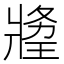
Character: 𤖍